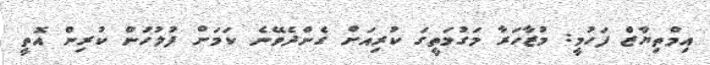
އިމްތިޔާޒް ފަހުމީ: މުޒާހަރާ މަގުމަތީގަ ކުރިއަށް ގެންދެވޭނެ ކަމަށް ފުލުހުން ކުރިން އޮތީ